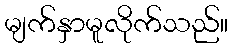
မျက်နှာမူလိုက်သည်။